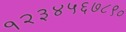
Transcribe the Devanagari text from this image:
१२३४५६७८९०